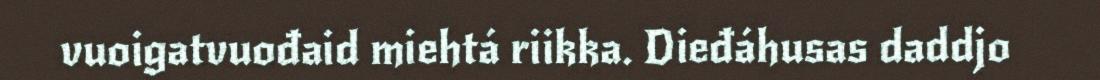
vuoigatvuođaid miehtá riikka. Dieđáhusas daddjo